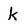
Character: k